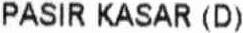
PASIR KASAR (D)